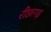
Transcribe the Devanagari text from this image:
रीछागढ़